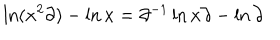
\ln ( x ^ { 2 } \partial ) - \ln x = \partial ^ { - 1 } \ln x \partial - \ln \partial